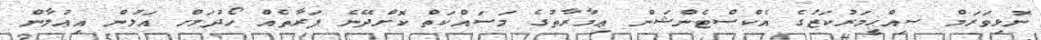
ނޮޅިވަރަމް ޞިއްޙީމަރުކަޒުގެ އެކްސްޓެންޝަން ޢިމާރާތުގެ މަސައްކަތް ކޮށްދޭނެ ފަރާތެއް ހޯދުމަށް އަލުން އިޢުލާން